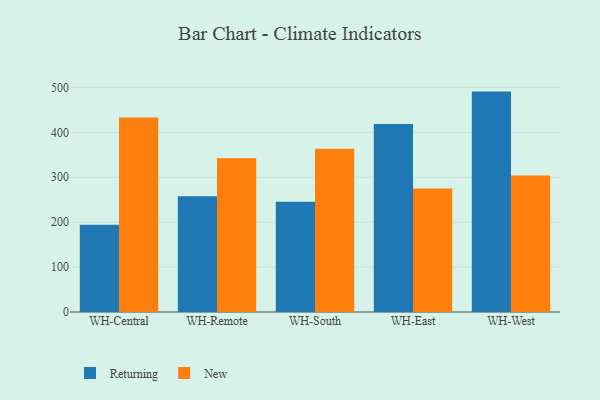
{"axis": {"x": "Warehouse", "y": "Humidity (%)"}, "legend": ["New", "Returning"], "data": [{"x": "WH-Central", "y": 194.3, "type": "Returning"}, {"x": "WH-Central", "y": 433.4, "type": "New"}, {"x": "WH-Remote", "y": 257.6, "type": "Returning"}, {"x": "WH-Remote", "y": 342.3, "type": "New"}, {"x": "WH-South", "y": 245.3, "type": "Returning"}, {"x": "WH-South", "y": 363.6, "type": "New"}, {"x": "WH-East", "y": 418.7, "type": "Returning"}, {"x": "WH-East", "y": 275.1, "type": "New"}, {"x": "WH-West", "y": 490.8, "type": "Returning"}, {"x": "WH-West", "y": 303.8, "type": "New"}]}